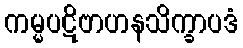
ကမ္မပဋိဗာဟနသိက္ခာပဒံ